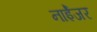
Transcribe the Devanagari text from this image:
नाईेजर